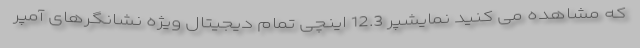
که مشاهده می کنید نمایشپر 12.3 اینچی تمام دیجیتال ویژه نشانگرهای آمپر